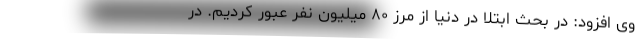
وی افزود: در بحث ابتلا در دنیا از مرز ۸۰ میلیون نفر عبور کردیم. در